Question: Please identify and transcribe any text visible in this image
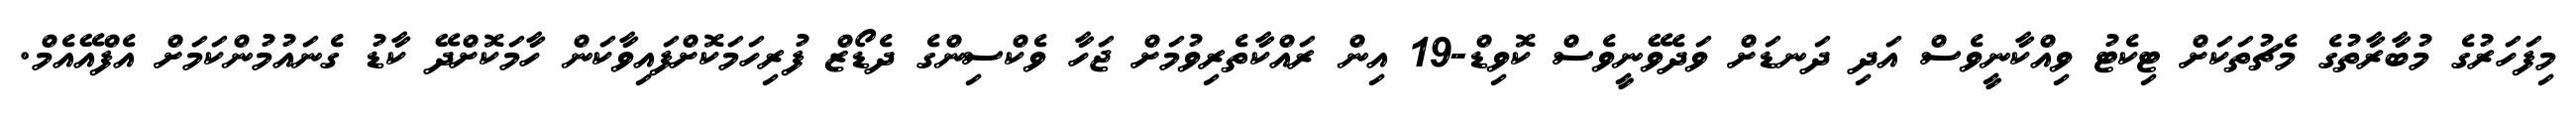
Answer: މިފަހަރުގެ މުބާރާތުގެ މެޗުތަކަށް ޓިކެޓު ވިއްކާނީވެސް އަދި ދަނޑަށް ވަދެވޭނީވެސް ކޮވިޑް-19 އިން ރައްކާތެރިވުމަށް ޖަހާ ވެކްސިންގެ ދެޑޯޒް ފުރިހަމަކޮށްފައިވާކަން ހާމަކޮށްދޭ ކާޑު ގެނައުމުންކަމަށް އެފްއޭއެމް.